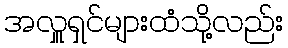
အလှူရှင်များထံသို့လည်း